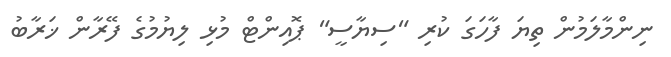
ނިންމާލަމުން ތިޔަ ފާހަގަ ކުރި "ސިޔާސީ" ޕޮއިންޓް މުޅި ލިޔުމުގެ ފޭރާން ޚަރާބު